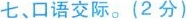
七、口语交际。(2分)